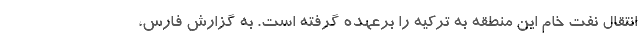
انتقال نفت خام این منطقه به ترکیه را برعهده گرفته است. به گزارش فارس،